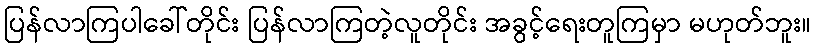
ပြန်လာကြပါခေါ်တိုင်း ပြန်လာကြတဲ့လူတိုင်း အခွင့်ရေးတူကြမှာ မဟုတ်ဘူး။